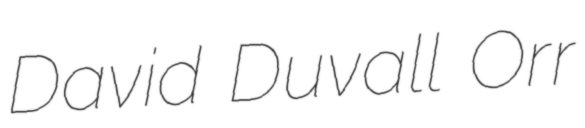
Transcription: David Duvall Orr